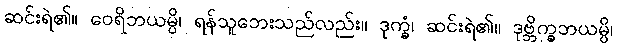
ဆင်းရဲ၏။ ဝေရိဘယမ္ပိ၊ ရန်သူဘေးသည်လည်း။ ဒုက္ခံ၊ ဆင်းရဲ၏။ ဒုဗ္ဘိက္ခဘယမ္ပိ၊